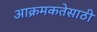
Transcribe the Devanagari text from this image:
आक्रमकतेसाठी